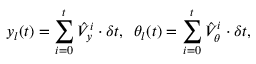
y _ { l } ( t ) = \sum _ { i = 0 } ^ { t } \hat { V } _ { y } ^ { i } \cdot \delta t , \enspace \theta _ { l } ( t ) = \sum _ { i = 0 } ^ { t } \hat { V } _ { \theta } ^ { i } \cdot \delta t ,